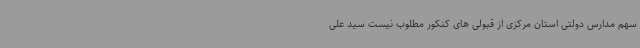
سهم مدارس دولتی استان مرکزی از قبولی های کنکور مطلوب نیست سید علی